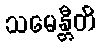
သမေန္တီတိ